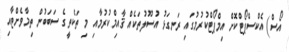
އޯސް) އެކްސްޕޯޓްކޮށް އިމްޕޯޓްކުރުމުގައި ރަނގަޅު އުސޫލުތަކެއް ޤާއިމްކުރުމާއި މި ތަކެތީގެ ސަބަބުން ތިމާވެށްޓާއި